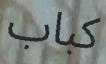
كباب